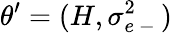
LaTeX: \theta^{\prime}=(H,\sigma_{e\mathrm{~-~}}^{2})